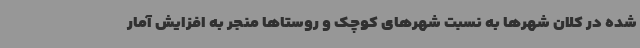
شده در کلان شهرها به نسبت شهرهای کوچک و روستاها منجر به افزایش آمار